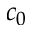
c _ { 0 }